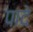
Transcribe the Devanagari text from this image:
पादे